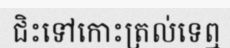
ជិះទៅកោះត្រល់ទេឮ